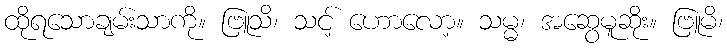
ထိုရသောချမ်းသာကို။ ဗြူသိ၊ သင့် ဟောလော့။ သမ္မ၊ အဆွေမူဆိုး။ ဗြူမိ၊